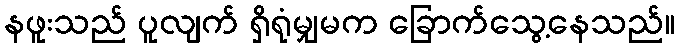
နဖူးသည် ပူလျက် ရှိရုံမျှမက ခြောက်သွေ့နေသည်။